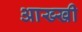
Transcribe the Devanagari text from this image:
आख्खी